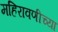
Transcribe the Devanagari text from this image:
महिरावणीच्या